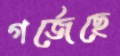
গর্‌জেছে